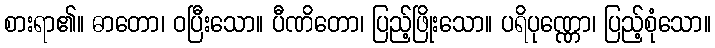
စားရာ၏။ ဓာတော၊ ဝပြီးသော။ ပီဏိတော၊ ပြည့်ဖြိုးသော။ ပရိပုဏ္ဏော၊ ပြည့်စုံသော။